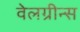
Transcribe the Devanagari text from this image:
वेलग्रीन्स